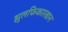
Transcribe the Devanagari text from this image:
झुलफिकारखान